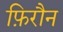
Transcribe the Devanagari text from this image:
फ़िरौन